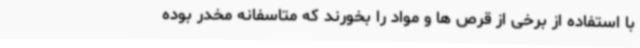
با استفاده از برخی از قرص ها و مواد را بخورند که متاسفانه مخدر بوده